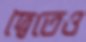
দ্বৈতেও